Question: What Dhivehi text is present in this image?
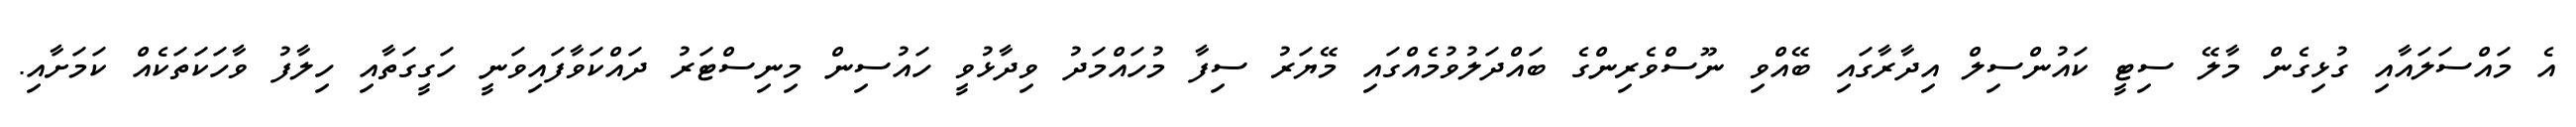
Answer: އެ މައްސަލައާއި ގުޅިގެން މާލޭ ސިޓީ ކައުންސިލް އިދާރާގައި ބޭއްވި ނޫސްވެރިންގެ ބައްދަލުވުމެއްގައި މޭޔަރު ސިފާ މުހައްމަދު ވިދާޅުވީ ހައުސިން މިނިސްޓަރު ދައްކަވާފައިވަނީ ހަގީގަތާއި ހިލާފު ވާހަކަތަކެއް ކަމަށާއި.